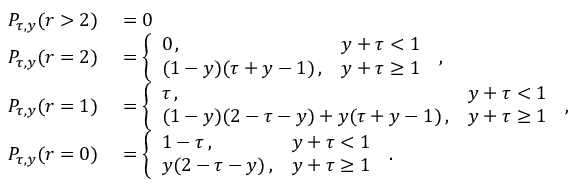
\begin{array} { r l } { P _ { \tau , y } ( r > 2 ) } & { { } = 0 } \\ { P _ { \tau , y } ( r = 2 ) } & { { } = \left\{ \begin{array} { l l } { 0 \, , } & { y + \tau < 1 } \\ { ( 1 - y ) ( \tau + y - 1 ) \, , } & { y + \tau \geq 1 } \end{array} \right. \, , } \\ { P _ { \tau , y } ( r = 1 ) } & { { } = \left\{ \begin{array} { l l } { \tau \, , } & { y + \tau < 1 } \\ { ( 1 - y ) ( 2 - \tau - y ) + y ( \tau + y - 1 ) \, , } & { y + \tau \geq 1 } \end{array} \right. \, , } \\ { P _ { \tau , y } ( r = 0 ) } & { { } = \left\{ \begin{array} { l l } { 1 - \tau \, , } & { y + \tau < 1 } \\ { y ( 2 - \tau - y ) \, , } & { y + \tau \geq 1 } \end{array} \right. \, . } \end{array}